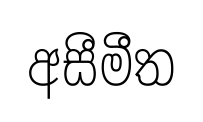
අසීමීත